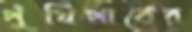
পুঁথিপাঠের